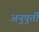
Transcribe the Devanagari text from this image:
अनुपुर्ती